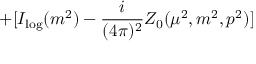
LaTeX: + [ I _ { \log } ( m ^ { 2 } ) - \frac { i } { ( 4 \pi ) ^ { 2 } } Z _ { 0 } ( \mu ^ { 2 } , m ^ { 2 } , p ^ { 2 } ) ]